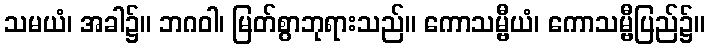
သမယံ၊ အခါ၌။ ဘဂဝါ၊ မြတ်စွာဘုရားသည်။ ကောသမ္ဗီယံ၊ ကောသမ္ဗီပြည်၌။